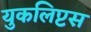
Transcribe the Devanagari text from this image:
युकलिप्टस